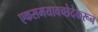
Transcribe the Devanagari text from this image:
एकसमयावच्छेदेकरून